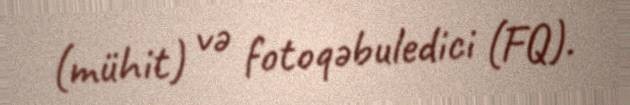
(mühit) və fotoqəbuledici (FQ).